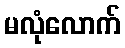
မလုံလောက်